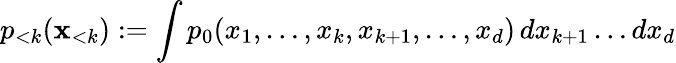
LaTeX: p_{<k}(\mathbf{x}_{<k}):=\int p_{0}(x_{1},\ldots,x_{k},x_{k+1},\ldots,x_{d})\, dx_{k+1}\ldots dx_{d}